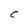
Character: C